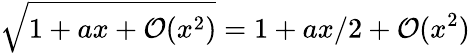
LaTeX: \sqrt{1+ax+\mathcal O(x^{2})}=1+ax/2+\mathcal O(x^{2})